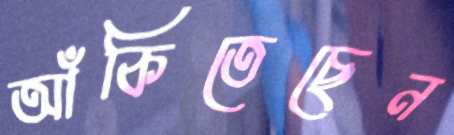
আঁকিতেছেন